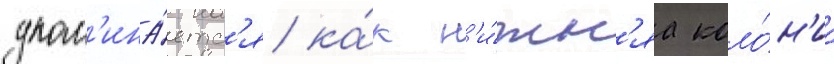
упом'ина́етс'я ка́к н'и́жн'яа коло́н'иа